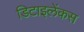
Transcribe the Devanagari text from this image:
डिटाइलेंकस